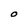
Character: O